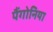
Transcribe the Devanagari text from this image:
पैंगोनिया